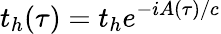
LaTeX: t_{h}(\tau)=t_{h}e^{-iA(\tau)/c}